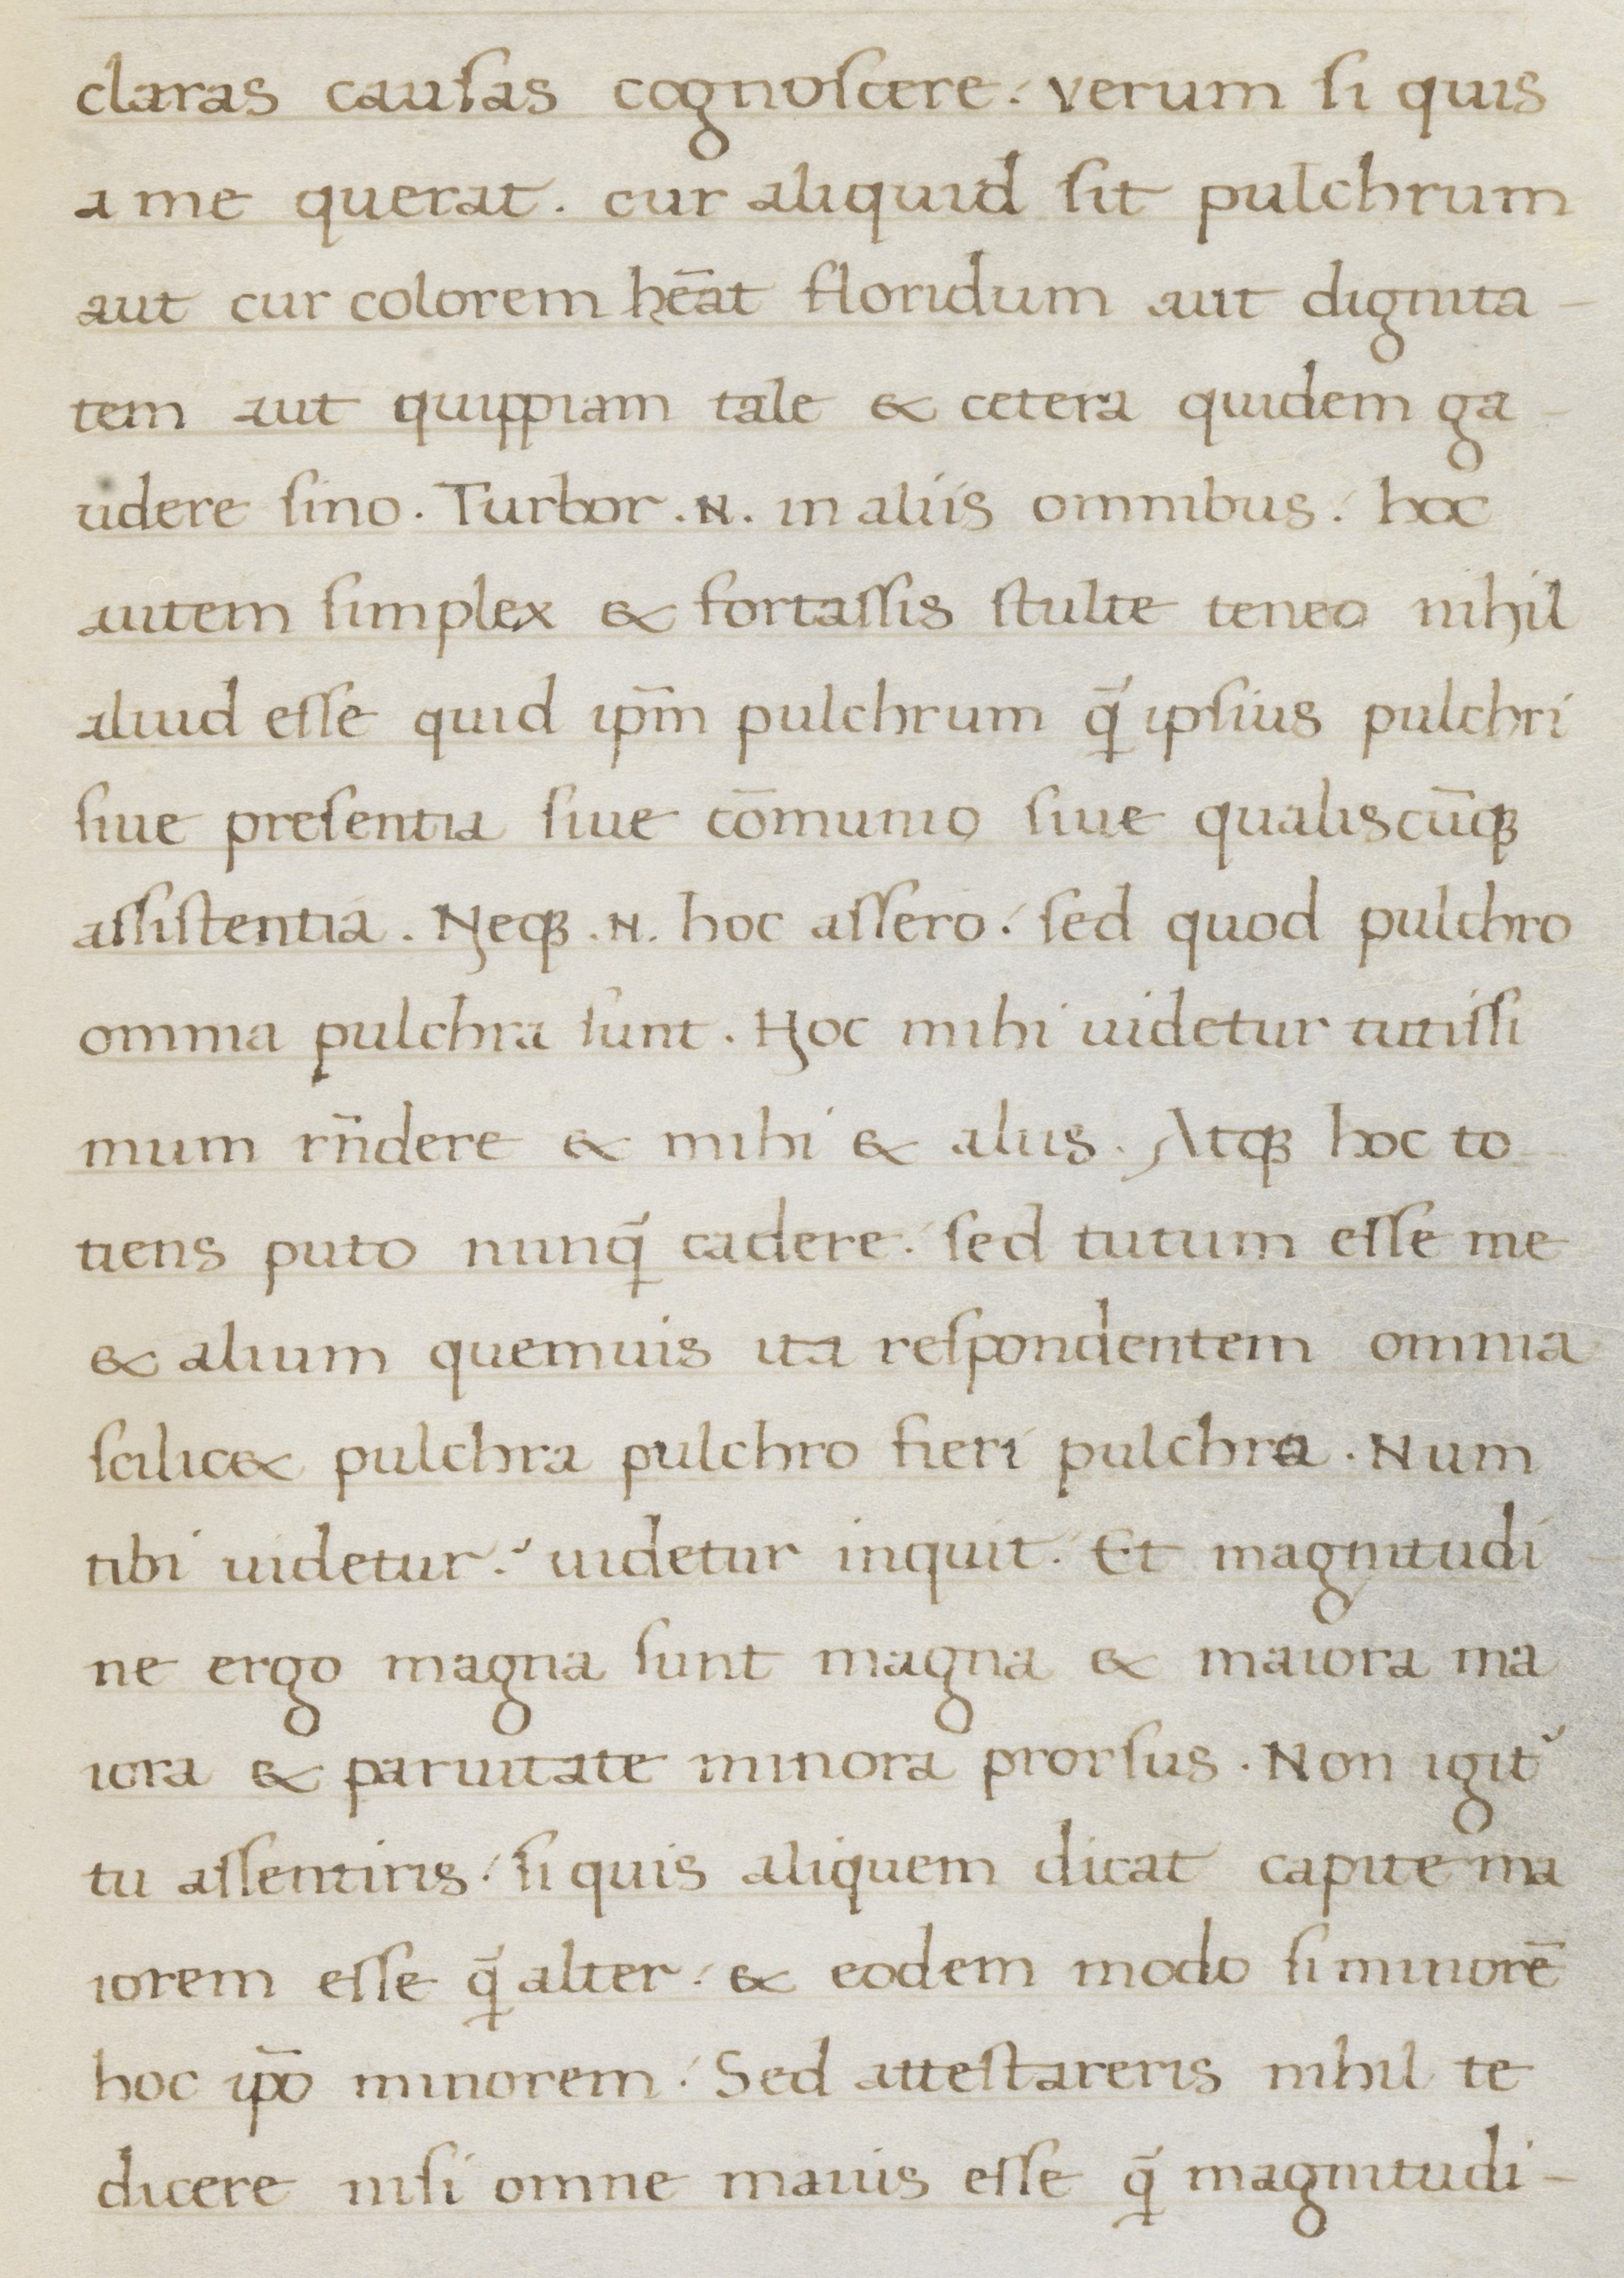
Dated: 1400–1499